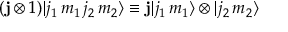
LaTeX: ( \mathbf { j } \otimes 1 ) | j _ { 1 } \, m _ { 1 } \, j _ { 2 } \, m _ { 2 } \rangle \equiv \mathbf { j } | j _ { 1 } \, m _ { 1 } \rangle \otimes | j _ { 2 } \, m _ { 2 } \rangle